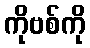
ကိုဗစ်ကို